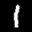
Label: 1